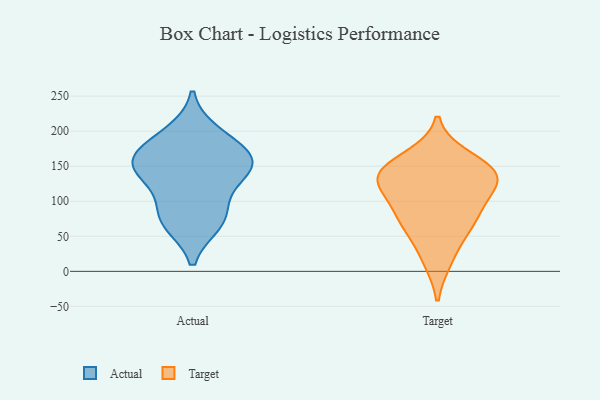
{"axis": {"x": "Temperature (°C)", "y": "Value"}, "legend": ["Actual", "Target"], "data": [{"x": "", "y": 133, "type": "Actual"}, {"x": "", "y": 141, "type": "Actual"}, {"x": "", "y": 154, "type": "Actual"}, {"x": "", "y": 69, "type": "Actual"}, {"x": "", "y": 197, "type": "Actual"}, {"x": "", "y": 72, "type": "Actual"}, {"x": "", "y": 159, "type": "Actual"}, {"x": "", "y": 180, "type": "Actual"}, {"x": "", "y": 158, "type": "Actual"}, {"x": "", "y": 89, "type": "Actual"}, {"x": "", "y": 134, "type": "Target"}, {"x": "", "y": 138, "type": "Target"}, {"x": "", "y": 162, "type": "Target"}, {"x": "", "y": 81, "type": "Target"}, {"x": "", "y": 79, "type": "Target"}, {"x": "", "y": 113, "type": "Target"}, {"x": "", "y": 138, "type": "Target"}, {"x": "", "y": 137, "type": "Target"}, {"x": "", "y": 59, "type": "Target"}, {"x": "", "y": 17, "type": "Target"}]}